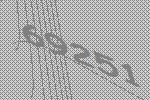
69251